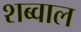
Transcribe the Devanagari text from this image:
शब्वाल